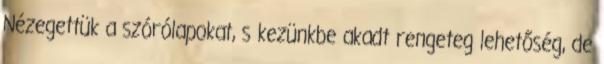
Nézegettük a szórólapokat, s kezünkbe akadt rengeteg lehetőség, de